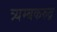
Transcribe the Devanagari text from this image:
त्र्यम्बकरुद्र